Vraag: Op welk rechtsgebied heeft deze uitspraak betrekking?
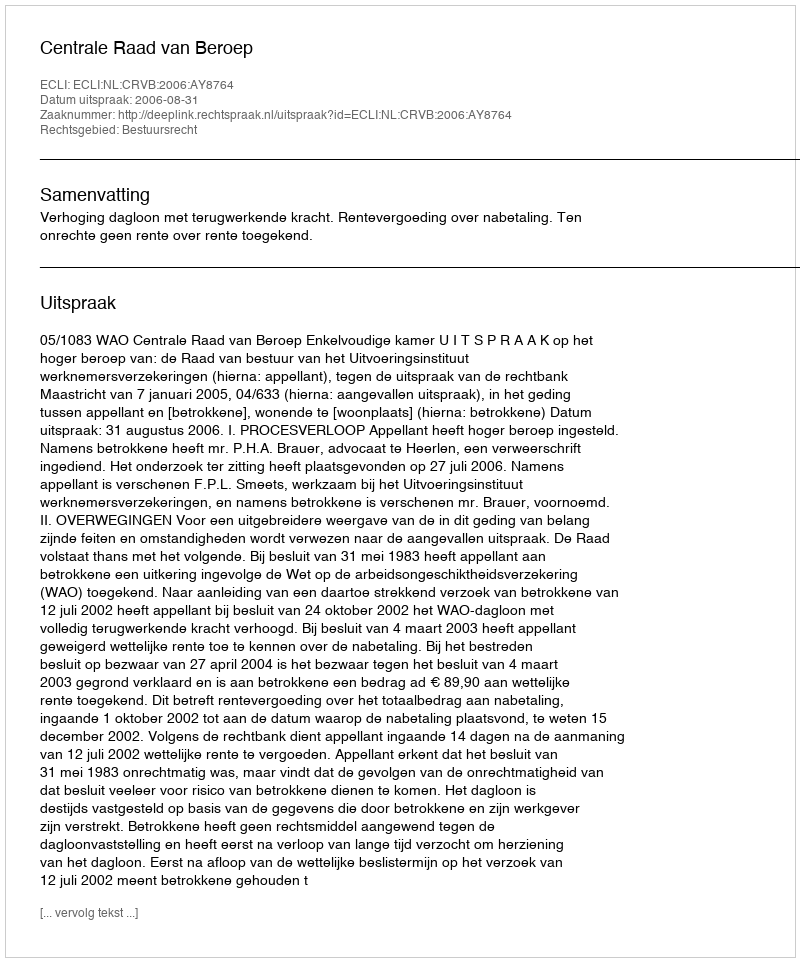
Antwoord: Bestuursrecht